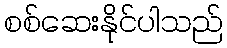
စစ်ဆေးနိုင်ပါသည်